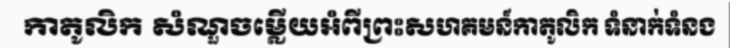
កាតូលិក សំណួចម្លើយអំពីព្រះសហគមន៍កាតូលិក ទំនាក់ទំនង